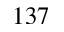
1 3 7